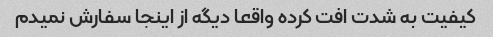
کیفیت به شدت افت کرده واقعا دیگه از اینجا سفارش نمیدم